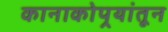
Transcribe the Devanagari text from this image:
कानाकोपर्‍यांतून